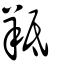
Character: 羝